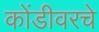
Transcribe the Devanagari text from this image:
कोंडीवरचे